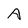
Character: A